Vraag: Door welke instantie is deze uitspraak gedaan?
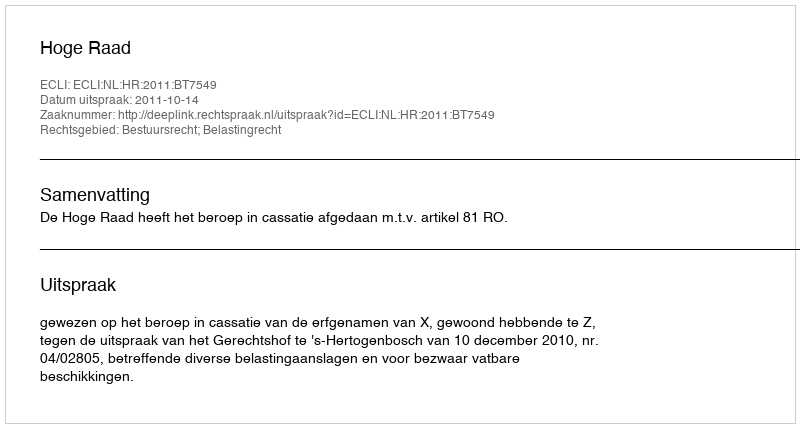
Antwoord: Hoge Raad